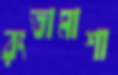
রংতামাশা